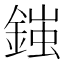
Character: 𨩪